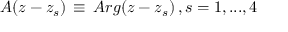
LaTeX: A ( z - z _ { s } ) \, \equiv \, A r g ( z - z _ { s } ) \, , s = 1 , . . . , 4